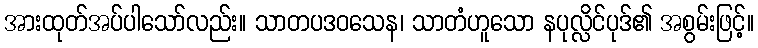
အားထုတ်အပ်ပါသော်လည်း။ သာတပဒဝသေန၊ သာတံဟူသော နပုလ္လိင်ပုဒ်၏ အစွမ်းဖြင့်။